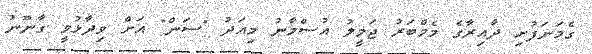
ގެމަނަފުށި ދާއިރާގެ މެމްބަރު ޖަމީލު އުސްމާނު މިއަދު "ސަން" އަށް ވިދާޅުވީ ގާނޫނު